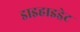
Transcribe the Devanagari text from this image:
डाइहाइड्रेट